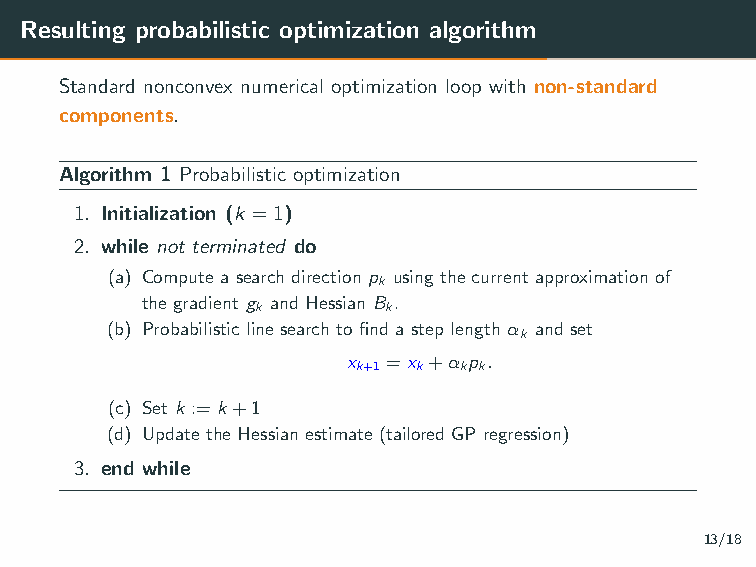
Resulting probabilistic optimization algorithm
 Standard nonconvex numerical optimization loop with non-standard
 components.
 Algorithm 1 Probabilistic optimization
 1. Initialization (k =1)
 2. while not terminated do
 (a) Compute a search direction p using the current approximation of
 k
 the gradient g and Hessian B .
 k        k
 (b) Probabilistic line search to find a step length α and set
 k
 x  =x +α p .
 k+1 k k k
 (c) Set k :=k+1
 (d) Update the Hessian estimate (tailored GP regression)
 3. end while
 13/18